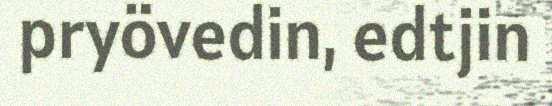
pryövedin, edtjin